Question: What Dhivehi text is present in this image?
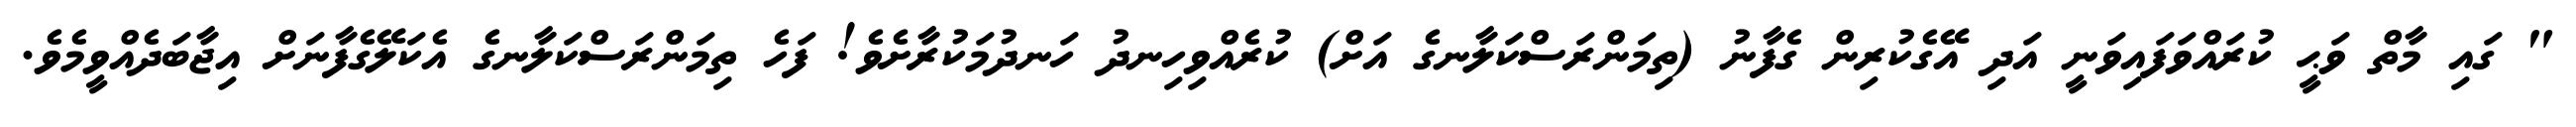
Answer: " ގައި މާތް ވަޙީ ކުރައްވަފައިވަނީ އަދި އޭގެކުރިން ގެފާނު (ތިމަންރަސްކަލާނގެ އަށް) ކުރެއްވިހިނދު ހަނދުމަކުރާށެވެ! ފަހެ ތިމަންރަސްކަލާނގެ އެކަލޭގެފާނަށް އިޖާބަދެއްވީމެވެ.